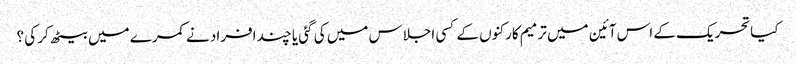
کیاتحریک کے اس آئین میں ترمیم کارکنوں کے کسی اجلاس میں کی گئی یا چند افراد نے کمرے میں بیٹھ کر کی ؟